Report on the working of the mental hospitals for Indians in Bihar and Orissa - 1925-1929
Year: 1925
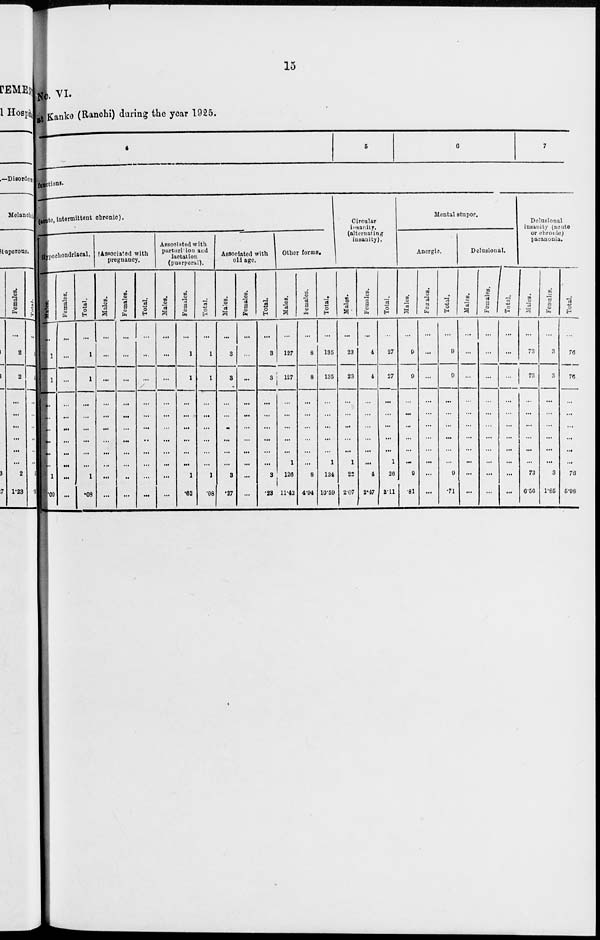
15
No. VI.
at Kanke (Ranchi) during the year 1925.
4
5
6
7
functions.
(acute,intermittent chronic).
Hypochondriacal.
Males.
...
1
1
...
...
...
...
...
...
1
.08
Females.
...
...
...
...
...
...
...
...
...
...
...
Total.
...
1
1
...
...
...
...
...
...
1
.08
Associated with
pregnancy.
Males.
...
...
...
...
...
...
...
...
...
...
...
Females.
...
...
...
...
...
...
...
...
...
..
...
Total.
. . .
...
...
...
...
...
..
...
...
...
...
Associated with
parturison and
lactation
(puerperal).
Males.
...
...
...
...
...
...
...
...
...
...
...
Females.
...
1
1
...
...
...
...
...
...
1
.62
Total.
...
1
1
...
...
...
...
...
...
1
.08
Associated with
old age.
Males.
...
3
3
...
...
...
...
...
...
3
.27
Females.
...
...
...
...
...
...
...
...
...
...
...
Total.
...
3
3
...
...
...
...
...
...
3
.23
Other forms.
Males.
...
127
127
...
...
...
...
...
1
126
11.42
Females.
...
8
8
...
...
...
...
...
...
8
4.94
Total.
...
135
135
...
...
...
...
...
1
134
10.59
Circular
insanity,
(alternating
insanity).
Males.
...
23
23
...
...
...
...
...
1
22
207
Females.
...
4
4
...
...
...
...
...
...
4
2.47
Total.
...
27
27
...
...
...
...
...
1
26
2.11
Mental stupor.
Anergic
Males.
...
9
9
...
...
...
...
...
...
9
.81
Females.
...
...
...
...
...
...
...
...
...
...
...
Total.
...
9
9
...
...
...
...
...
...
9
.71
Delusional.
Males.
...
...
...
...
...
...
...
...
...
...
...
Females.
...
...
...
...
...
...
...
...
...
...
...
Total.
...
...
...
...
...
...
...
...
...
...
...
Delusional
insanity (acute
or chronic)
paranonia.
Males.
...
73
73
...
...
...
...
...
...
73
6.56
Females.
...
3
3
...
...
...
...
...
...
3
1.85
Total.
76
76
...
...
...
...
...
...
76
5.98